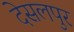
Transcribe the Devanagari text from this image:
देसलपुर